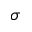
\sigma